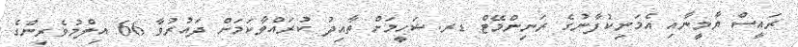
ރައީސް ޔާމީނާއި އެމަނިކުފާނުގެ ރަނިންމޭޓް ޑރ.ޝަހީމަށް ތާއިދު ކުރައްވާކަމަށް ދައުރުވާ 66 އިލްމުވެރިންގެ